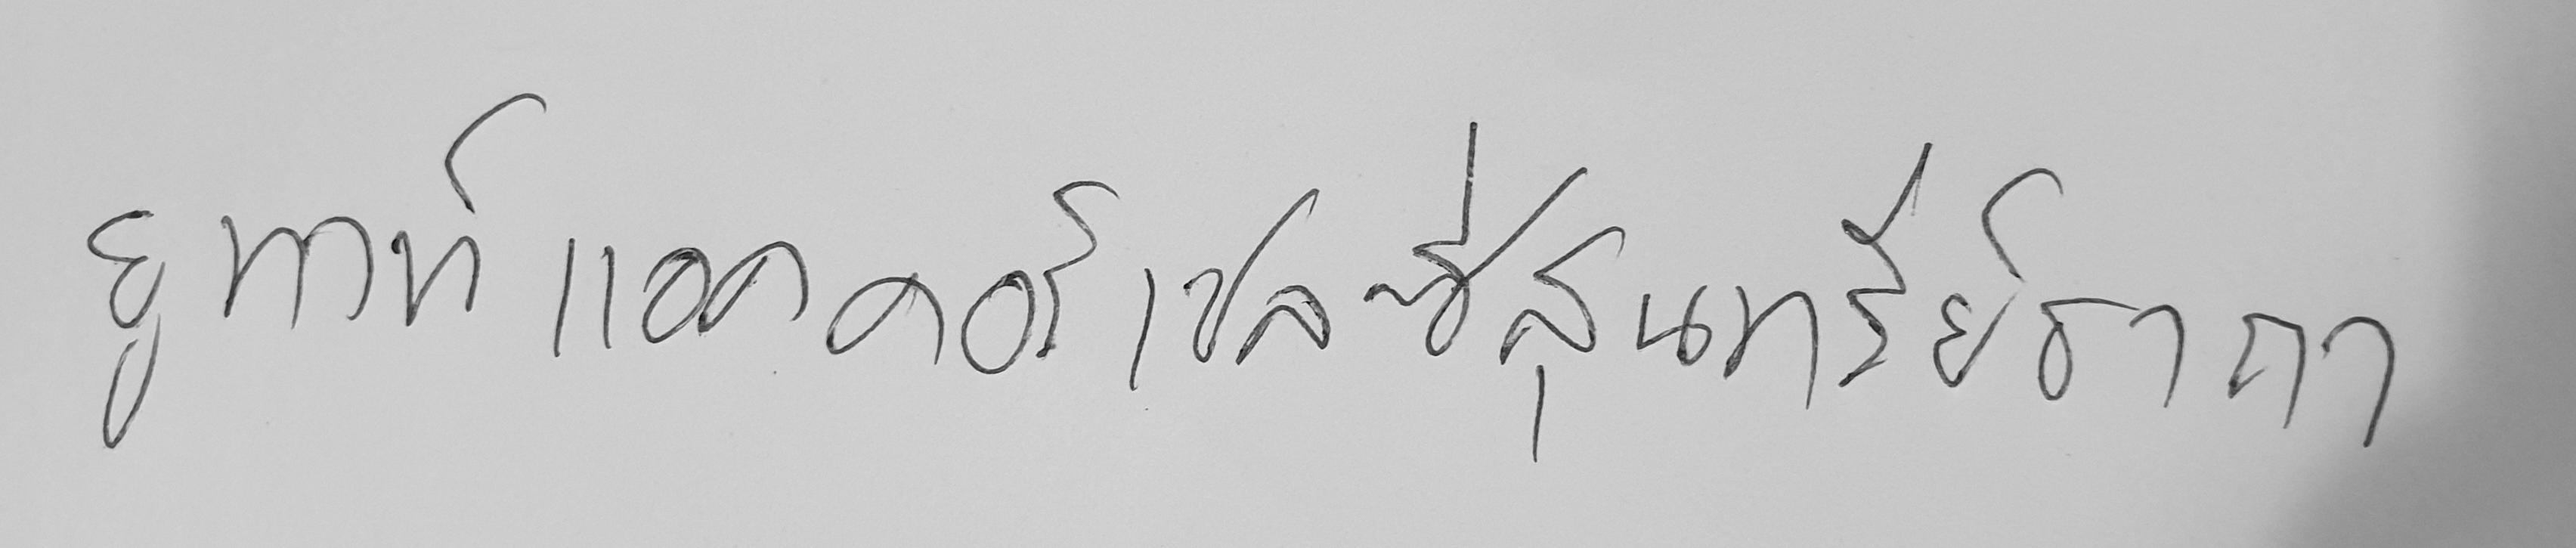
ยูทาท์ แอคคอร์เชลซี่สุนทรีย์ธาถา